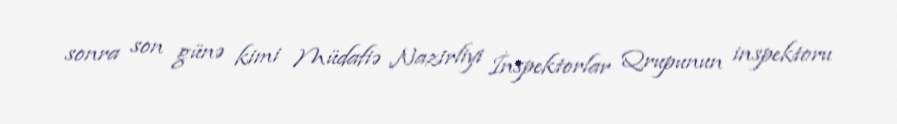
sonra son günə kimi Müdafiə Nazirliyi İnspektorlar Qrupunun inspektoru